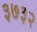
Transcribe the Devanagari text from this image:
३७३२